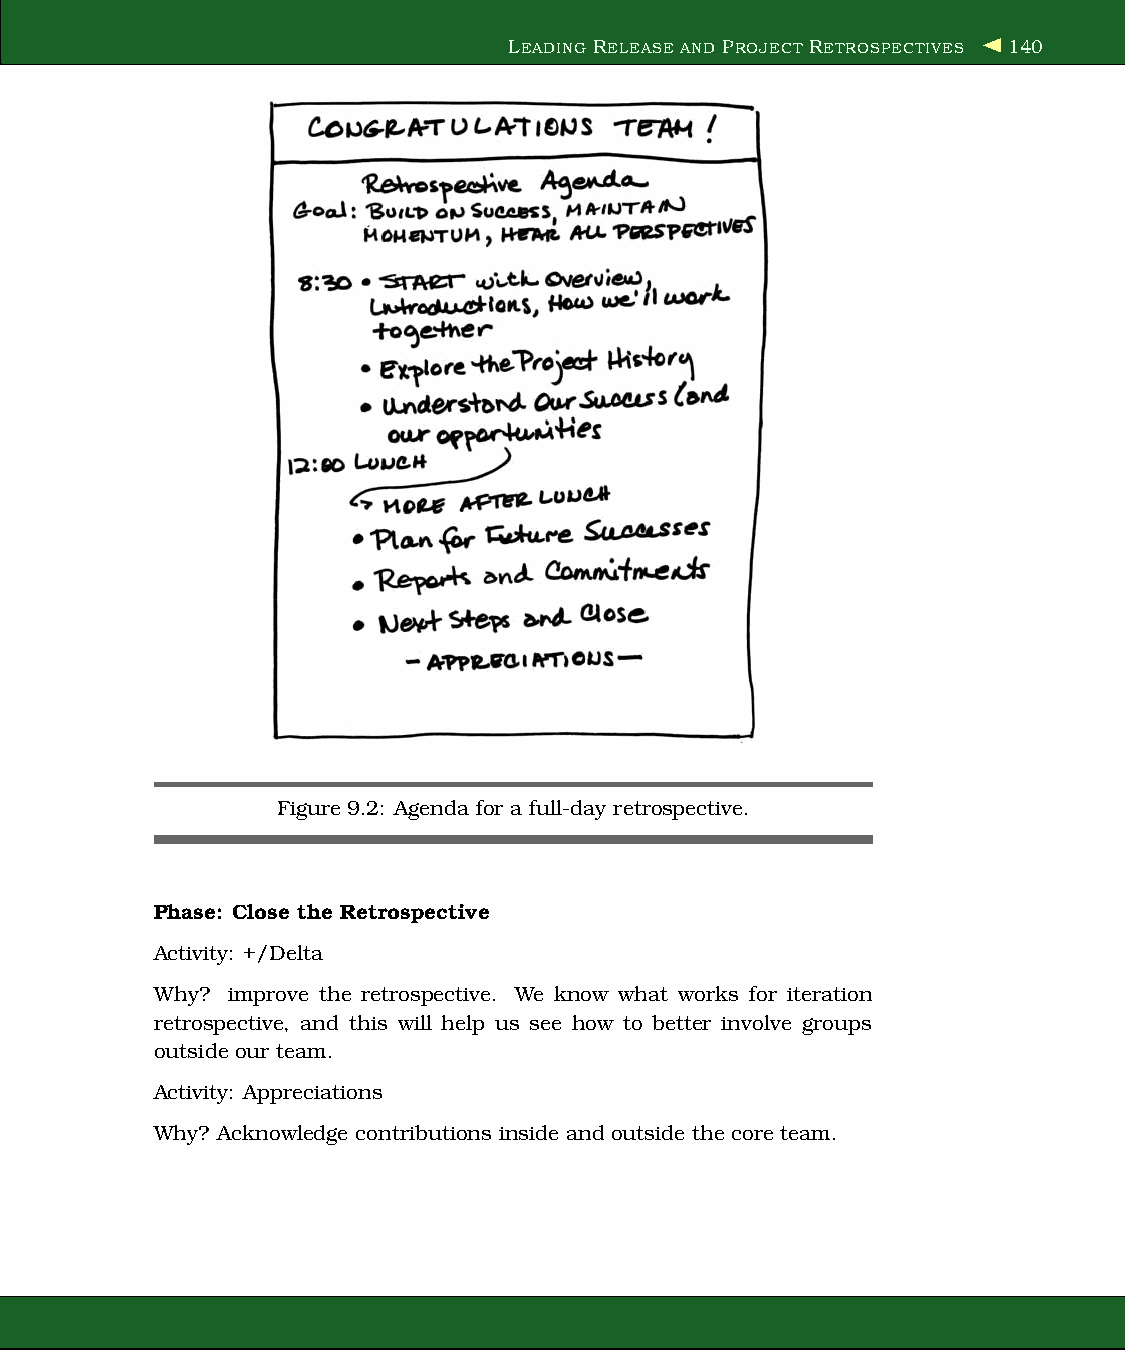
LEADING RELEASE AND PROJECT RETROSPECTIVES 140
 Figure 9.2: Agenda for a full-day retrospective.
 Phase: Close the Retrospective
 Activity: +/Delta
 Why? improve the retrospective. We know what works for iteration
 retrospective, and this will help us see how to better involve groups
 outside our team.
 Activity: Appreciations
 Why? Acknowledge contributions inside and outside the core team.